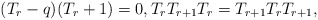
\begin{align*}(T_r-q)(T_r+1)=0, T_rT_{r+1}T_r=T_{r+1}T_rT_{r+1},\end{align*}